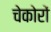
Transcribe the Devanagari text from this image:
चेकोरों